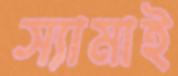
স্যামাই